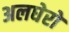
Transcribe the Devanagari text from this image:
अलघेरो